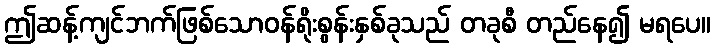
ဤဆန့်ကျင်ဘက်ဖြစ်သောဝန်ရိုးစွန်းနှစ်ခုသည် တခုစီ တည်နေ၍ မရပေ။